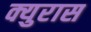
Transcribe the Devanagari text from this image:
क्युरास